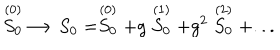
\stackrel { ( 0 ) } { S _ { 0 } } \longrightarrow S _ { 0 } = \stackrel { ( 0 ) } { S _ { 0 } } + g \stackrel { ( 1 ) } { S _ { 0 } } + g ^ { 2 } \stackrel { ( 2 ) } { S _ { 0 } } + . . .